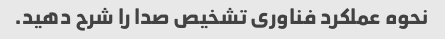
نحوه عملکرد فناوری تشخیص صدا را شرح دهید.